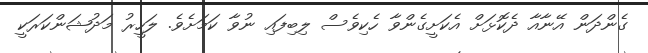
ގެންދަން އޭނާއާ ދެކޮޅަށް އެކަށީގެންވާ ހެކިވެސް ލިބިފައި ނުވާ ކަމަށެވެ. ލަހީރު މަދުޝަންކަރަކީ